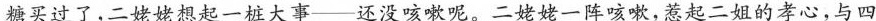
糖买过了，二姥姥想起一桩大事——还没咳嗽呢。二姥姥一阵咳嗽，惹起二姐的孝心，与四